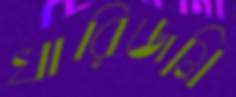
খারিজমি